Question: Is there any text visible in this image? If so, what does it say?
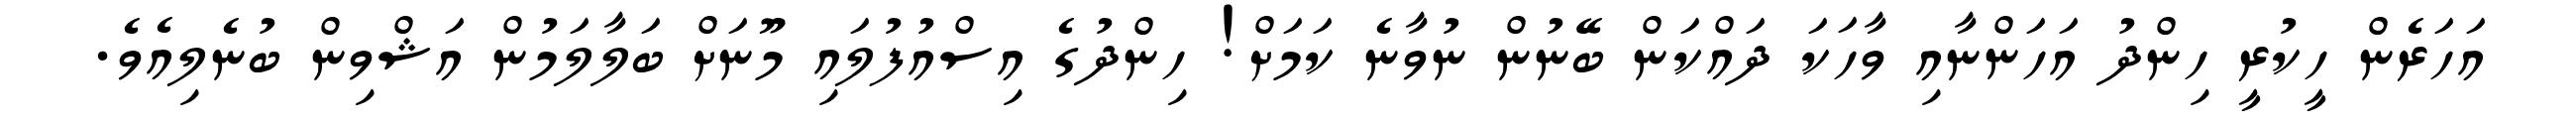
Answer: އަހަރެން ހީކުރީ ހިންދު އަހަންނާއި ވާހަކަ ދައްކަން ބޭނުން ނުވާނެ ކަމަށް! ހިންދުގެ އިސްއުފުލައި މޫނަށް ބަލާލަމުން އަޝްވިން ބުނެލިއެވެ.